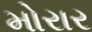
મોરાર